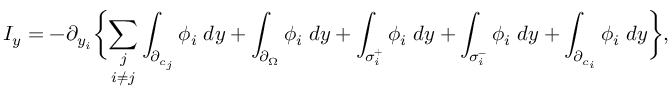
I _ { y } = - \partial _ { y _ { i } } \biggl \{ \underset { i \neq j } { \sum _ { j } } \int _ { \partial _ { c _ { j } } } \phi _ { i } \; d y + \int _ { \partial _ { \Omega } } \phi _ { i } \; d y + \int _ { \sigma _ { i } ^ { + } } \phi _ { i } \; d y + \int _ { \sigma _ { i } ^ { - } } \phi _ { i } \; d y + \int _ { \partial _ { c _ { i } } } \phi _ { i } \; d y \biggl \} ,